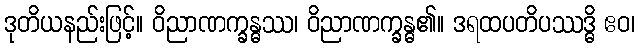
ဒုတိယနည်းဖြင့်။ ဝိညာဏက္ခန္ဓဿ၊ ဝိညာဏက္ခန္ဓ၏။ ဒရထပတိပဿဒ္ဓိ ဧဝ၊